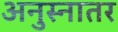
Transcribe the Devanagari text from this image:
अनुस्नातर